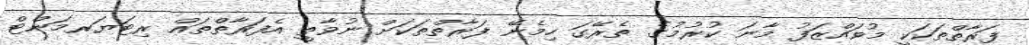
ފަރާތްތަކަކީ މުވައްޒަފު މާނަ ކުރުމުގެ ތެރޭގަ ހިމެނޭ ފަރާތްތަކަށް ނުވާތީ އެފަރާތްތައް ރިޓަޔަރމަންޓް